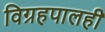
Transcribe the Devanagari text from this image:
विग्रहपालही